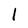
Character: 1